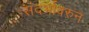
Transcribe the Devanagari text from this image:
संदर्भावरुन